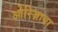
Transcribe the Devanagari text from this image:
ओरिज़ाबा